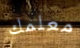
معلمك